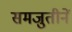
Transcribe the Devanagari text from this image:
समजुतीनें